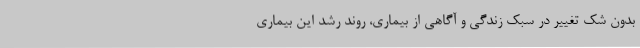
بدون شک تغییر در سبک زندگی و آگاهی از بیماری، روند رشد این بیماری